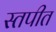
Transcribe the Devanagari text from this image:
स्तपीत